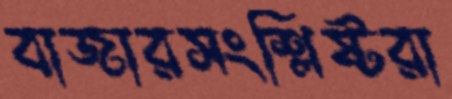
বাজারসংশ্লিষ্টরা